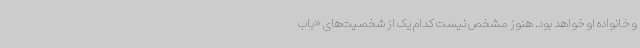
و خانواده او خواهد بود. هنوز مشخص نیست کدام یک از شخصیت‌های «باب